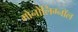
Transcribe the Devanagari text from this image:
मोनोलिग्नॉल